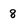
Character: 8